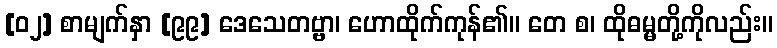
[၀၂] စာမျက်နှာ [၉၉] ဒေသေတဗ္ဗာ၊ ဟောထိုက်ကုန်၏။ တေ စ၊ ထိုဓမ္မတို့ကိုလည်း။